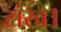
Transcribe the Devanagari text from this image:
संख।